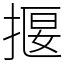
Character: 揠